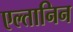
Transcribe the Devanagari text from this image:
एल्तानिन